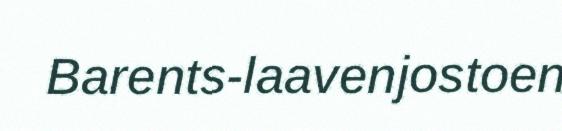
Barents-laavenjostoen